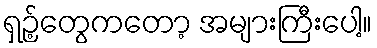
ရှဉ့်တွေကတော့ အများကြီးပေါ့။